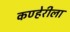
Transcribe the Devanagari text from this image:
कण्हेरीला